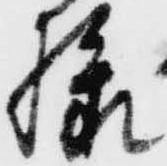
様